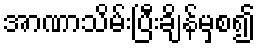
အာဏာသိမ်းပြီးချိန်မှစ၍